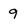
Character: q